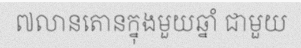
៧លានតោនក្នុងមួយឆ្នាំ ជាមួយ